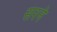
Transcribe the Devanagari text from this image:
सरने